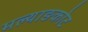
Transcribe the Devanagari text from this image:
मल्याङकोट